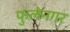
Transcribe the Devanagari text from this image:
फुलेनगर